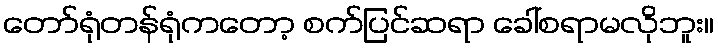
တော်ရုံတန်ရုံကတော့ စက်ပြင်ဆရာ ခေါ်စရာမလိုဘူး။